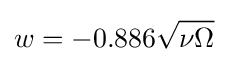
w=-0.886{\sqrt {\nu \Omega }}